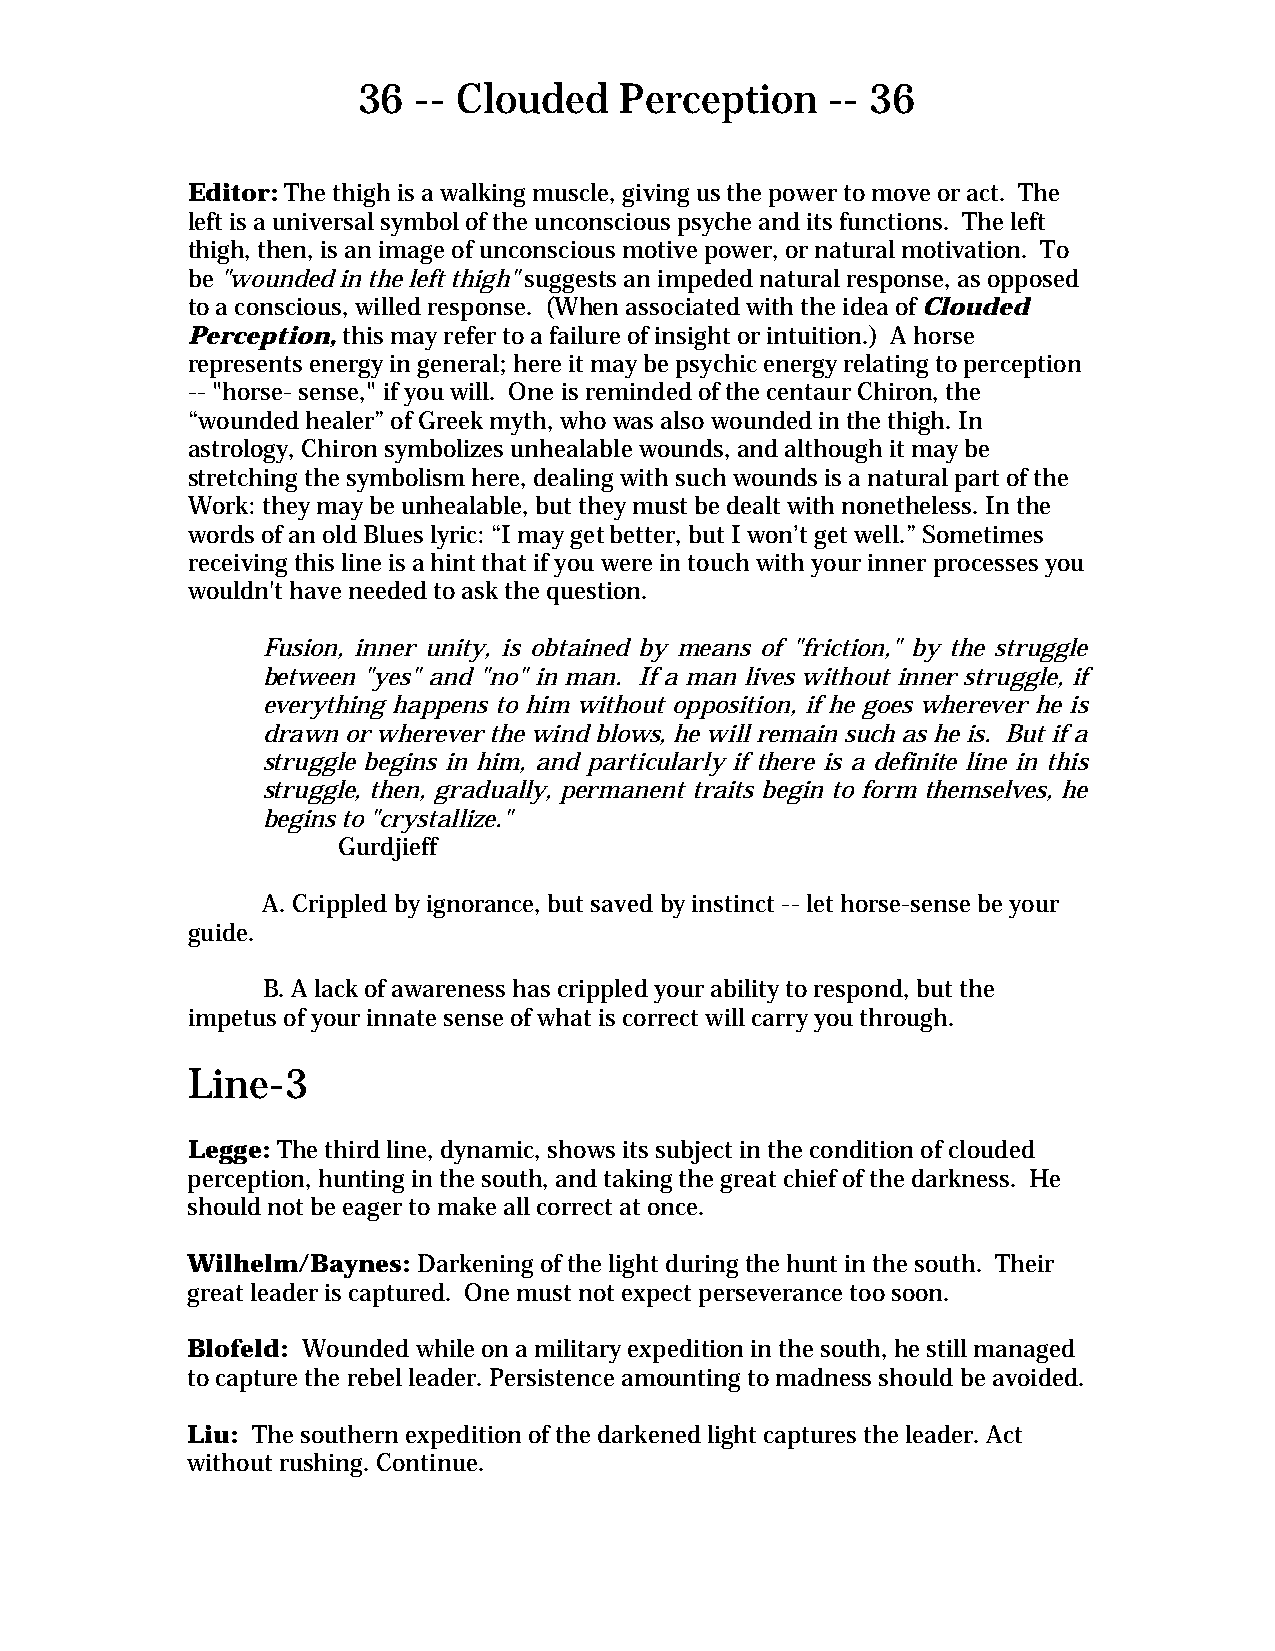
36 -- Clouded    Perception    -- 36
 Editor: The thigh is a walking muscle, giving us the power to move or act. The
 left is a universal symbol of the unconscious psyche and its functions. The left
 thigh, then, is an image of unconscious motive power, or natural motivation. To
 be "wounded in the left thigh" suggests an impeded natural response, as opposed
 to a conscious, willed response. (When associated with the idea of Clouded
 Perception, this may refer to a failure of insight or intuition.) A horse
 represents energy in general; here it may be psychic energy relating to perception
 -- "horse- sense," if you will. One is reminded of the centaur Chiron, the
 “wounded healer” of Greek myth, who was also wounded in the thigh. In
 astrology, Chiron symbolizes unhealable wounds, and although it may be
 stretching the symbolism here, dealing with such wounds is a natural part of the
 Work: they may be unhealable, but they must be dealt with nonetheless. In the
 words of an old Blues lyric: “I may get better, but I won’t get well.” Sometimes
 receiving this line is a hint that if you were in touch with your inner processes you
 wouldn't have needed to ask the question.
 Fusion, inner unity, is obtained by means of "friction," by the struggle
 between "yes" and "no" in man. If a man lives without inner struggle, if
 everything happens to him without opposition, if he goes wherever he is
 drawn or wherever the wind blows, he will remain such as he is. But if a
 struggle begins in him, and particularly if there is a definite line in this
 struggle, then, gradually, permanent traits begin to form themselves, he
 begins to "crystallize."
 Gurdjieff
 A. Crippled by ignorance, but saved by instinct -- let horse-sense be your
 guide.
 B. A lack of awareness has crippled your ability to respond, but the
 impetus of your innate sense of what is correct will carry you through.
 Line-3
 Legge: The third line, dynamic, shows its subject in the condition of clouded
 perception, hunting in the south, and taking the great chief of the darkness. He
 should not be eager to make all correct at once.
 Wilhelm/Baynes: Darkening of the light during the hunt in the south. Their
 great leader is captured. One must not expect perseverance too soon.
 Blofeld: Wounded while on a military expedition in the south, he still managed
 to capture the rebel leader. Persistence amounting to madness should be avoided.
 Liu: The southern expedition of the darkened light captures the leader. Act
 without rushing. Continue.